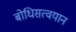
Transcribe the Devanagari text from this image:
बोधिसत्वयान